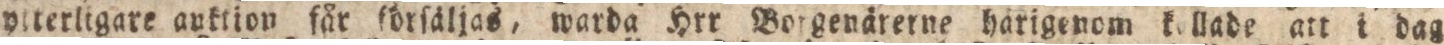
yiterligare anktion får ſörſäljas, warda Hrr Borgenärerne härigenom kollade att i dag